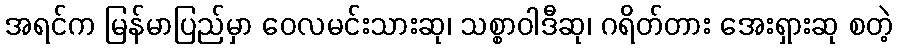
အရင်က မြန်မာပြည်မှာ ဝေလမင်းသားဆု၊ သစ္စာဝါဒီဆု၊ ဂရိတ်တား အေးရှားဆု စတဲ့